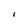
Character: l